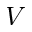
V